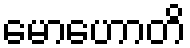
မောဟောတိ